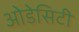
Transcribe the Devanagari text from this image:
ओडेसिटी